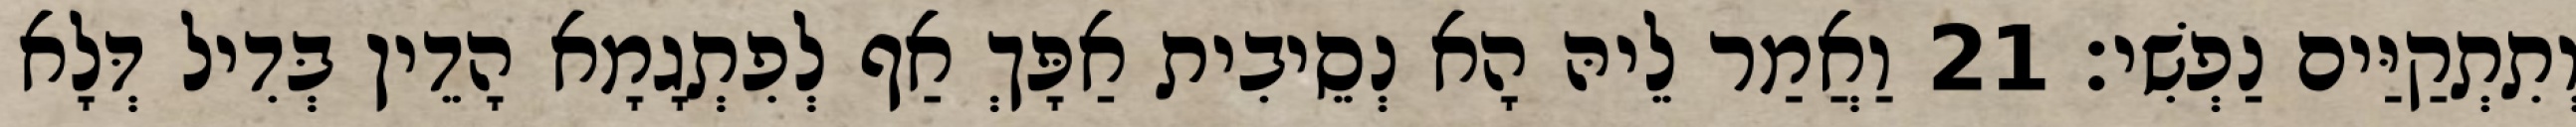
וְתִתְקַיַּים נַפְשִׁי׃ 21 וַאֲמַר לֵיהּ הָא נְסֵיבִית אַפָּךְ אַף לְפִתְגָמָא הָדֵין בְּדִיל דְּלָא